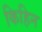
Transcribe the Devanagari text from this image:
किहिन